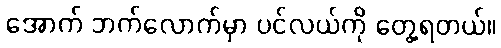
အောက် ဘက်လောက်မှာ ပင်လယ်ကို တွေ့ရတယ်။